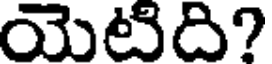
యెటిది?